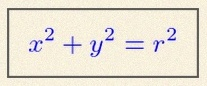
x^2+y^2=r^2